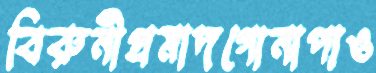
বিরুনীপ্রমাদগোনাপাও